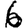
Digit: 6